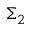
\Sigma _ { 2 }